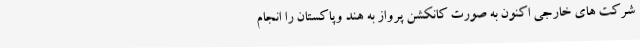
شرکت های خارجی اکنون به صورت کانکشن پرواز به هند وپاکستان را انجام